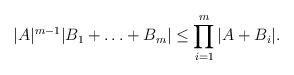
LaTeX: \begin{align*}|A|^{m-1}|B_1+\ldots +B_m| \le \prod_{i=1}^m|A + B_i|.\end{align*}